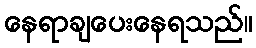
နေရာချပေးနေရသည်။